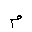
Letter: _mim